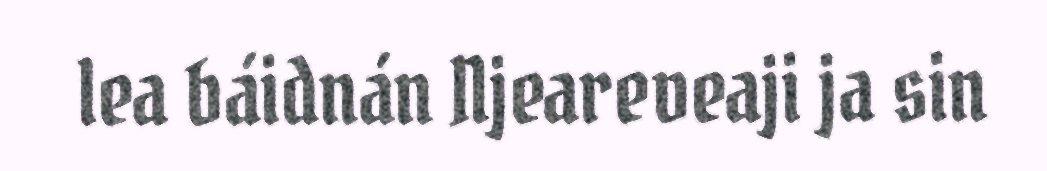
lea báidnán Njeareveaji ja sin